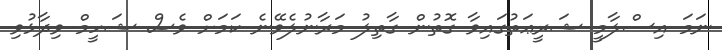
ނަމަ އިސްލާމީ ޝަރީޢަތުގައިވާ ގޮތުން ގާތިލު މަރާނުލެވޭނެ ކަމަށް ވެސް ޝަހީމް ވިދާޅުވި